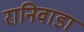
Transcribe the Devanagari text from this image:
रानिवाडा